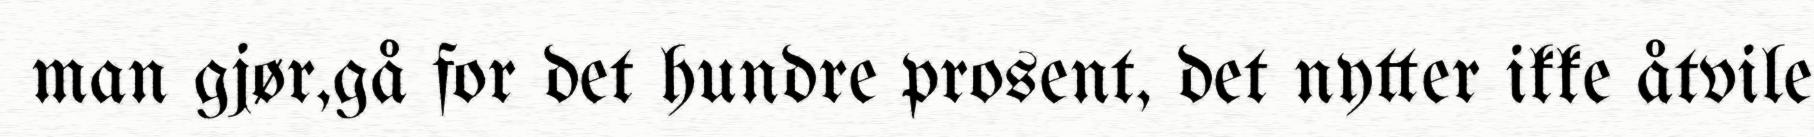
man gjør,gå for det hundre prosent, det nytter ikke åtvile